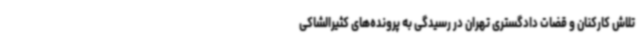
تلاش کارکنان و قضات دادگستری تهران در رسیدگی به پرونده‌های کثیرالشاکی